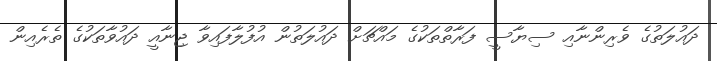
ދައުލަތުގެ ވެރިންނާއި ސިޔާސީ ފަރާތްތަކުގެ މައްޗަށް ދައުލަތުން އުފުލާފައިވާ ޖިނާއީ ދައުވާތަކުގެ ތެރެއިން